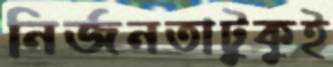
নির্জনতাটুকুই